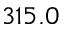
3 1 5 . 0